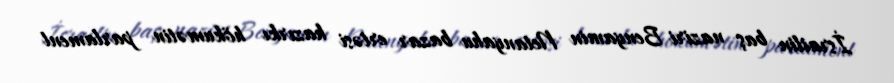
İsrailin baş naziri Benyamin Netanyahu bazar ertəsi hazırkı hökumətin parlament